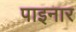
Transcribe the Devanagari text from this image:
पाइनार